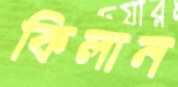
কিলান